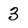
Character: 3